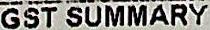
GST SUMMARY